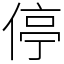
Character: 停